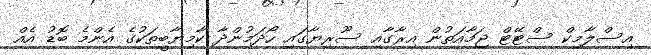
އިސްލާމިކް ސްޓޭޓް ޖަމާއަތުން އިރާގާއި ސޫރިޔާގައި ހޯދަމުންދާ ކާމިޔާބީތަކުގެ އެންމެ ބޮޑު އެއް